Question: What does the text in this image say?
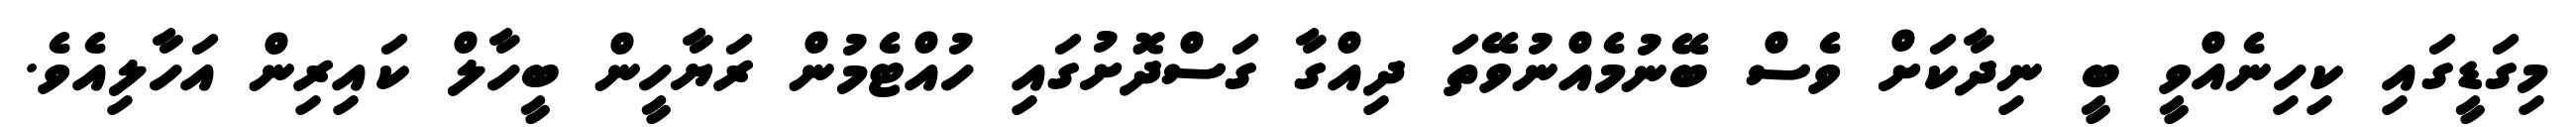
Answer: މިގަޑީގައި ކިހިނެއްވީ ބީ ނިދާކަށް ވެސް ބޭނުމެއްނުވޭތަ ދިއްގާ ގަސްދޮށުގައި ހުއްޓެމުން ރަޔާހީން ބީހާލް ކައިރިން އަހާލިއެވެ.